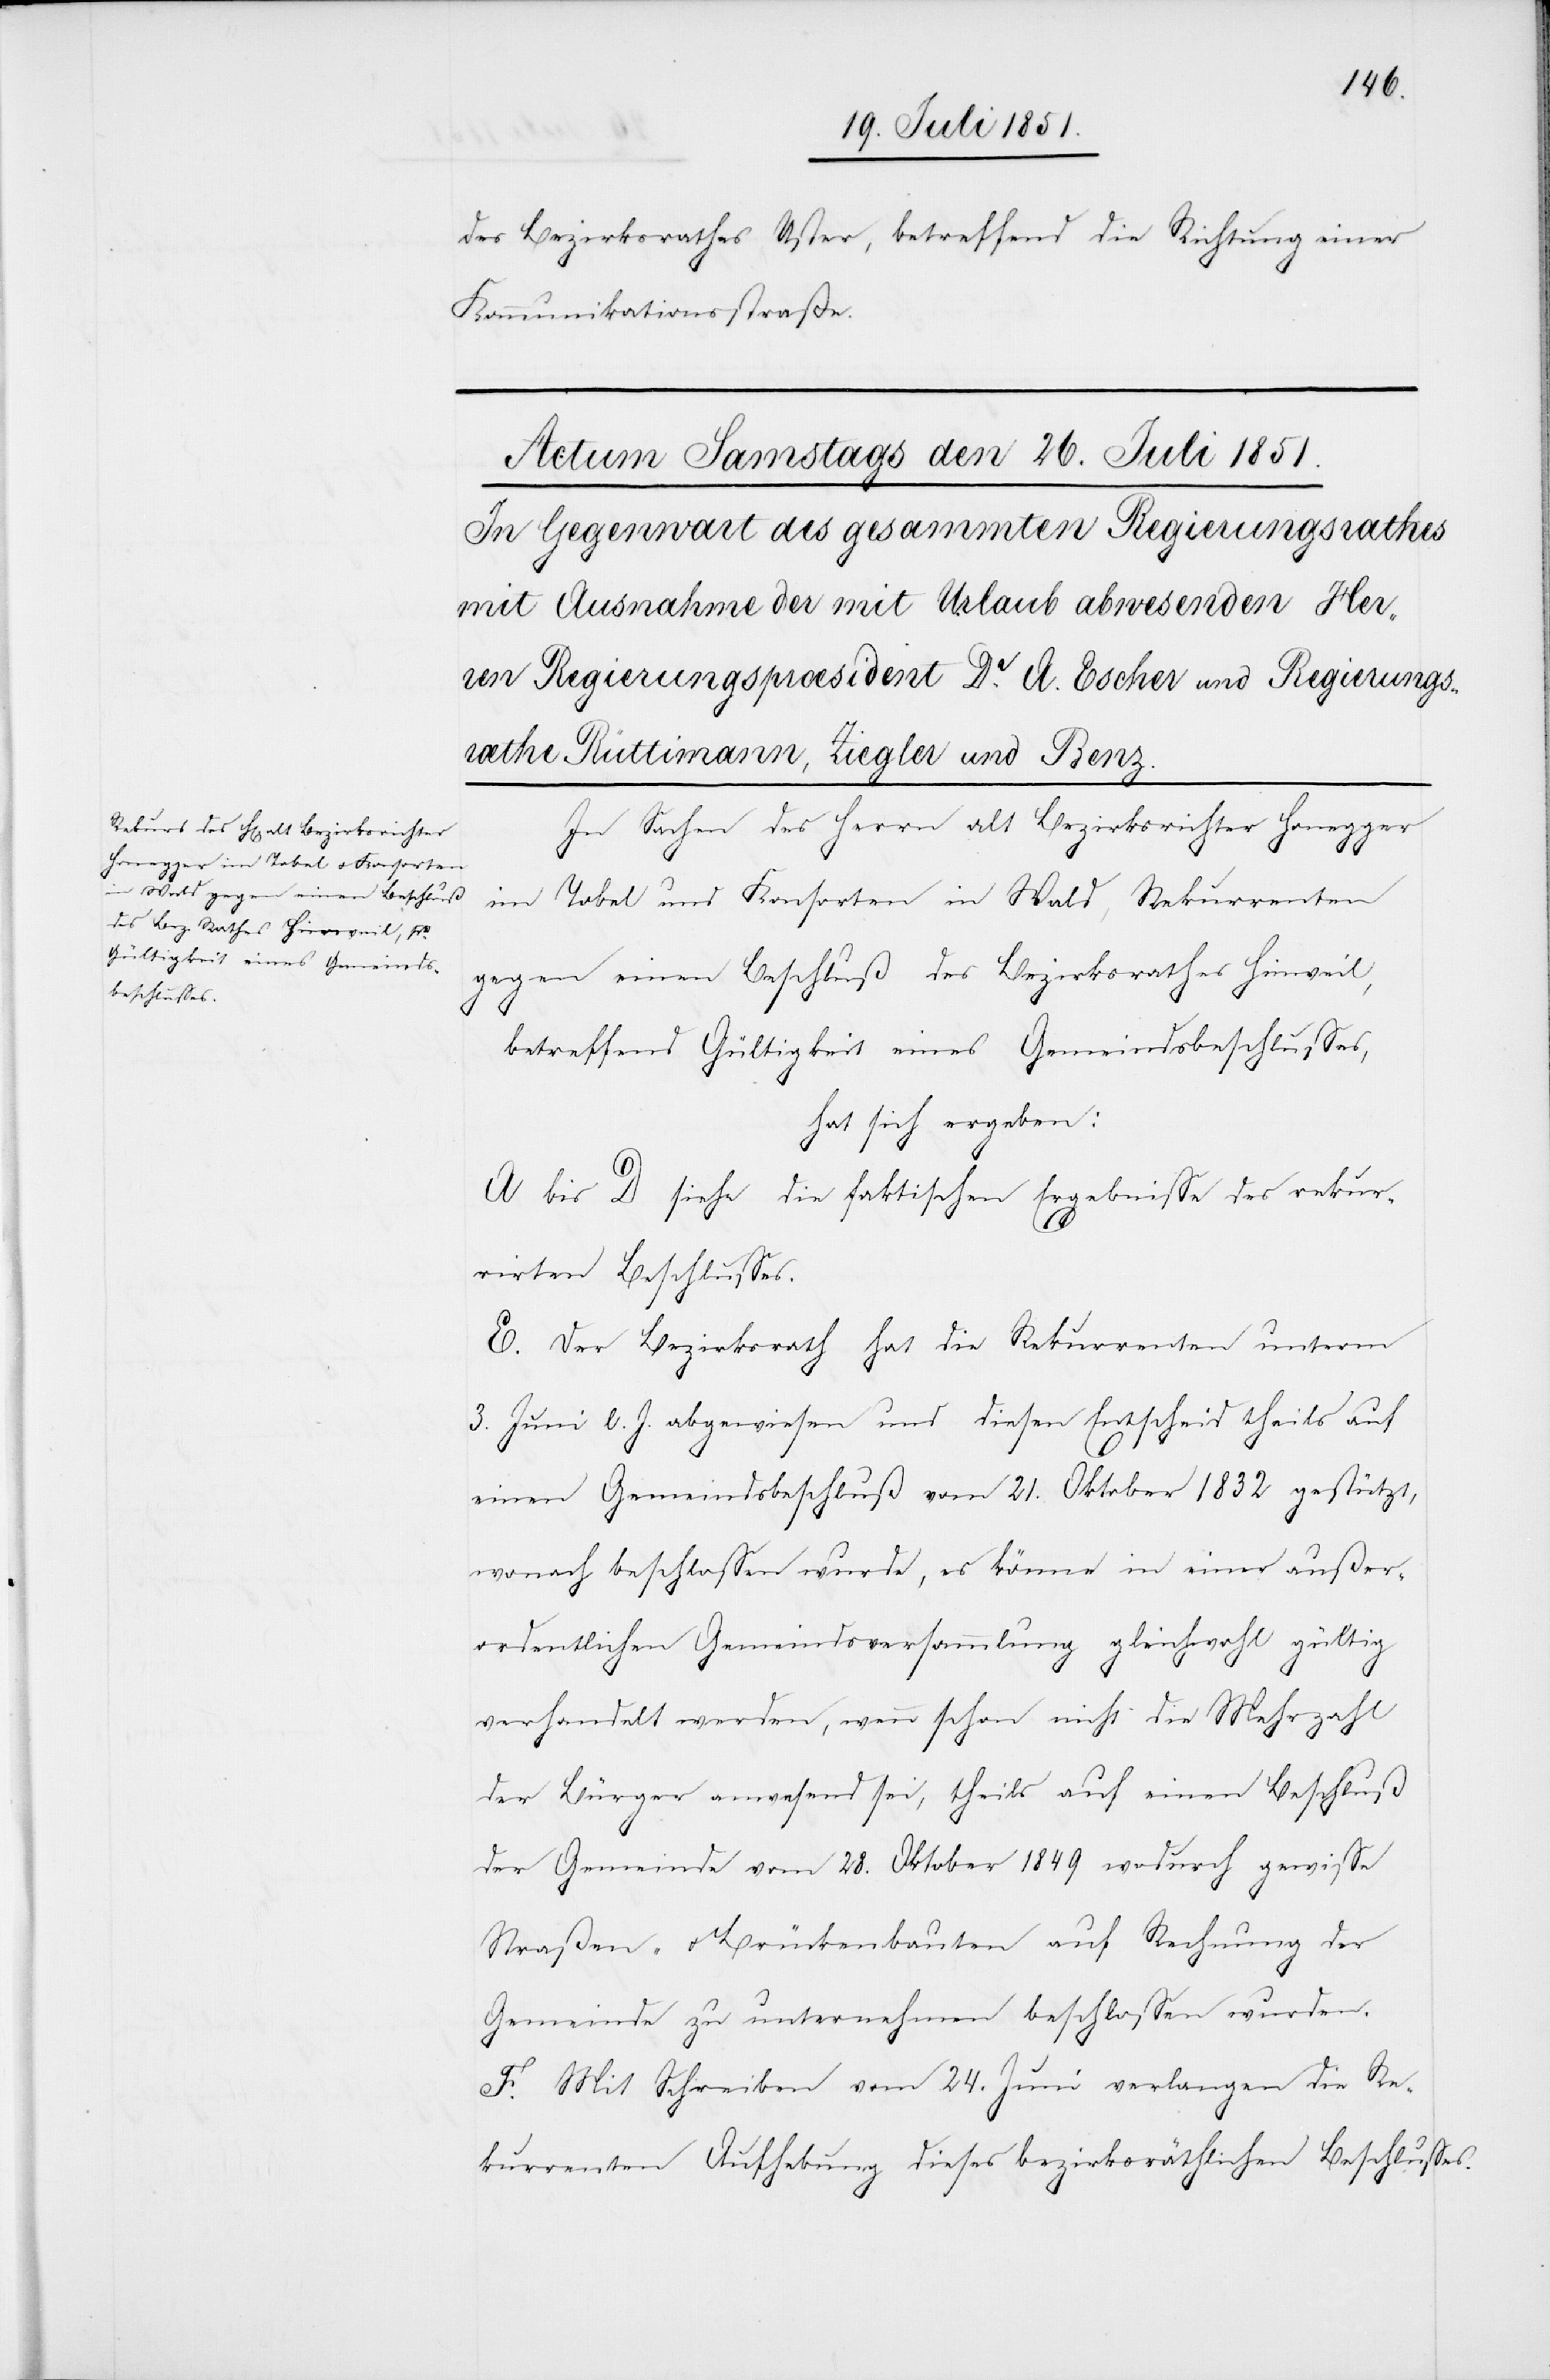
des Bezirksrathes Uster, betreffend die Richtung einer
Kommunikationsstraße.
In Sachen des Herrn alt Bezirksrichter Honegger
Tobel und Konsorten in Wald, Rekurrenten
gegen einen Beschluß des Bezirksrathes Hinweil,
betreffend Gültigkeit eines Gemeindsbeschlusses,
hat sich ergeben:
A bis D siehe die faktischen Ergebnisse des rekur¬
rirten Beschlusses.
E. Der Bezirksrath hat die Rekurrenten unterm
3. Juni l. J. abgewiesen und diesen Entscheid theils auf
einen Gemeindsbeschluß vom 21. Oktober 1832 gestützt,
wonach beschlossen wurde, es könne in einer außer¬
ordentlichen Gemeindsversammlung gleichwohl gültig
verhandelt werden, wenn schon nicht die Mehrzahl
der Bürger anwesend sei, theils auf einen Beschluß
der Gemeinde vom 28. Oktober 1849 wodurch gewisse
Straßen- & Brückenbauten auf Rechnung der
Gemeinde zu unternehmen beschlossen wurden.
F. Mit Schreiben vom 24. Juni verlangen die Re¬
kurrenten Aufhebung dieses bezirksräthlichen Beschlusses.